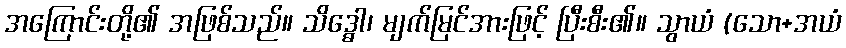
အကြောင်းတို့၏ အဖြစ်သည်။ သိဒ္ဓော၊ မျက်မြင်အားဖြင့် ပြီးစီး၏။ သွာယံ (သော+အယံ